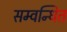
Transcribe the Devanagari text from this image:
सम्वन्धित